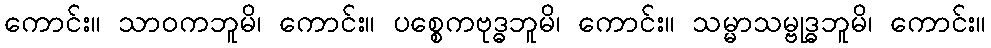
ကောင်း။ သာဝကဘူမိ၊ ကောင်း။ ပစ္စေကဗုဒ္ဓဘူမိ၊ ကောင်း။ သမ္မာသမ္ဗုဒ္ဓဘူမိ၊ ကောင်း။